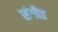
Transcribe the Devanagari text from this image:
संगीत